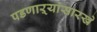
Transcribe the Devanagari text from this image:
पडणाऱ्यांसारखे